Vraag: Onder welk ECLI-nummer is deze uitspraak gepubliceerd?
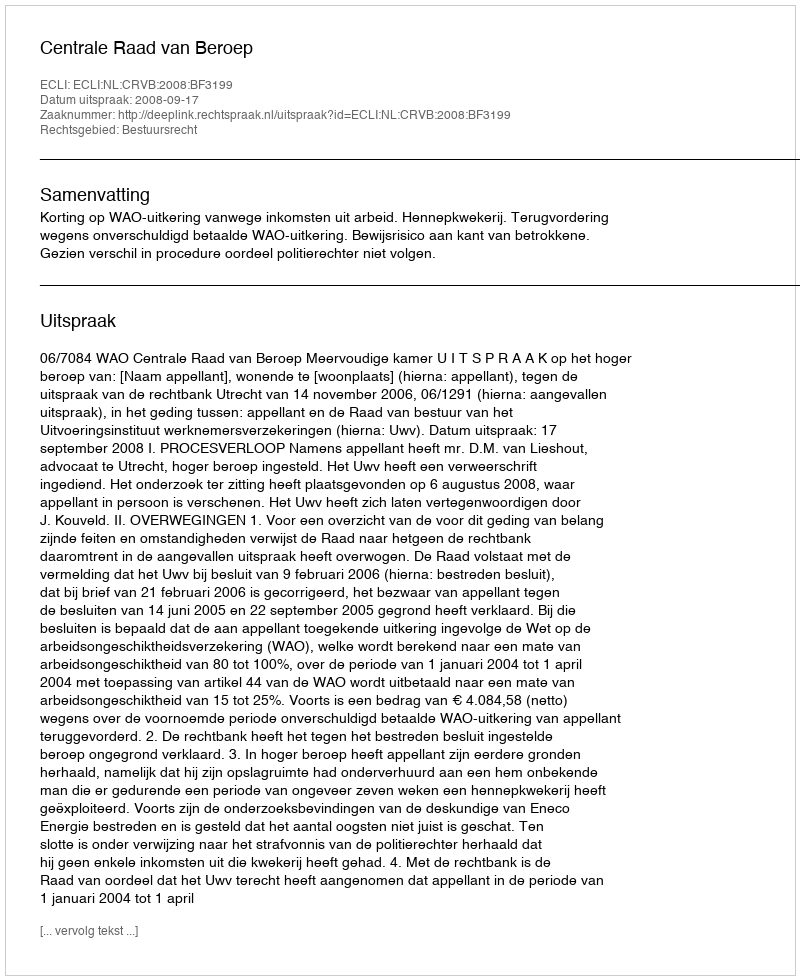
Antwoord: ECLI:NL:CRVB:2008:BF3199